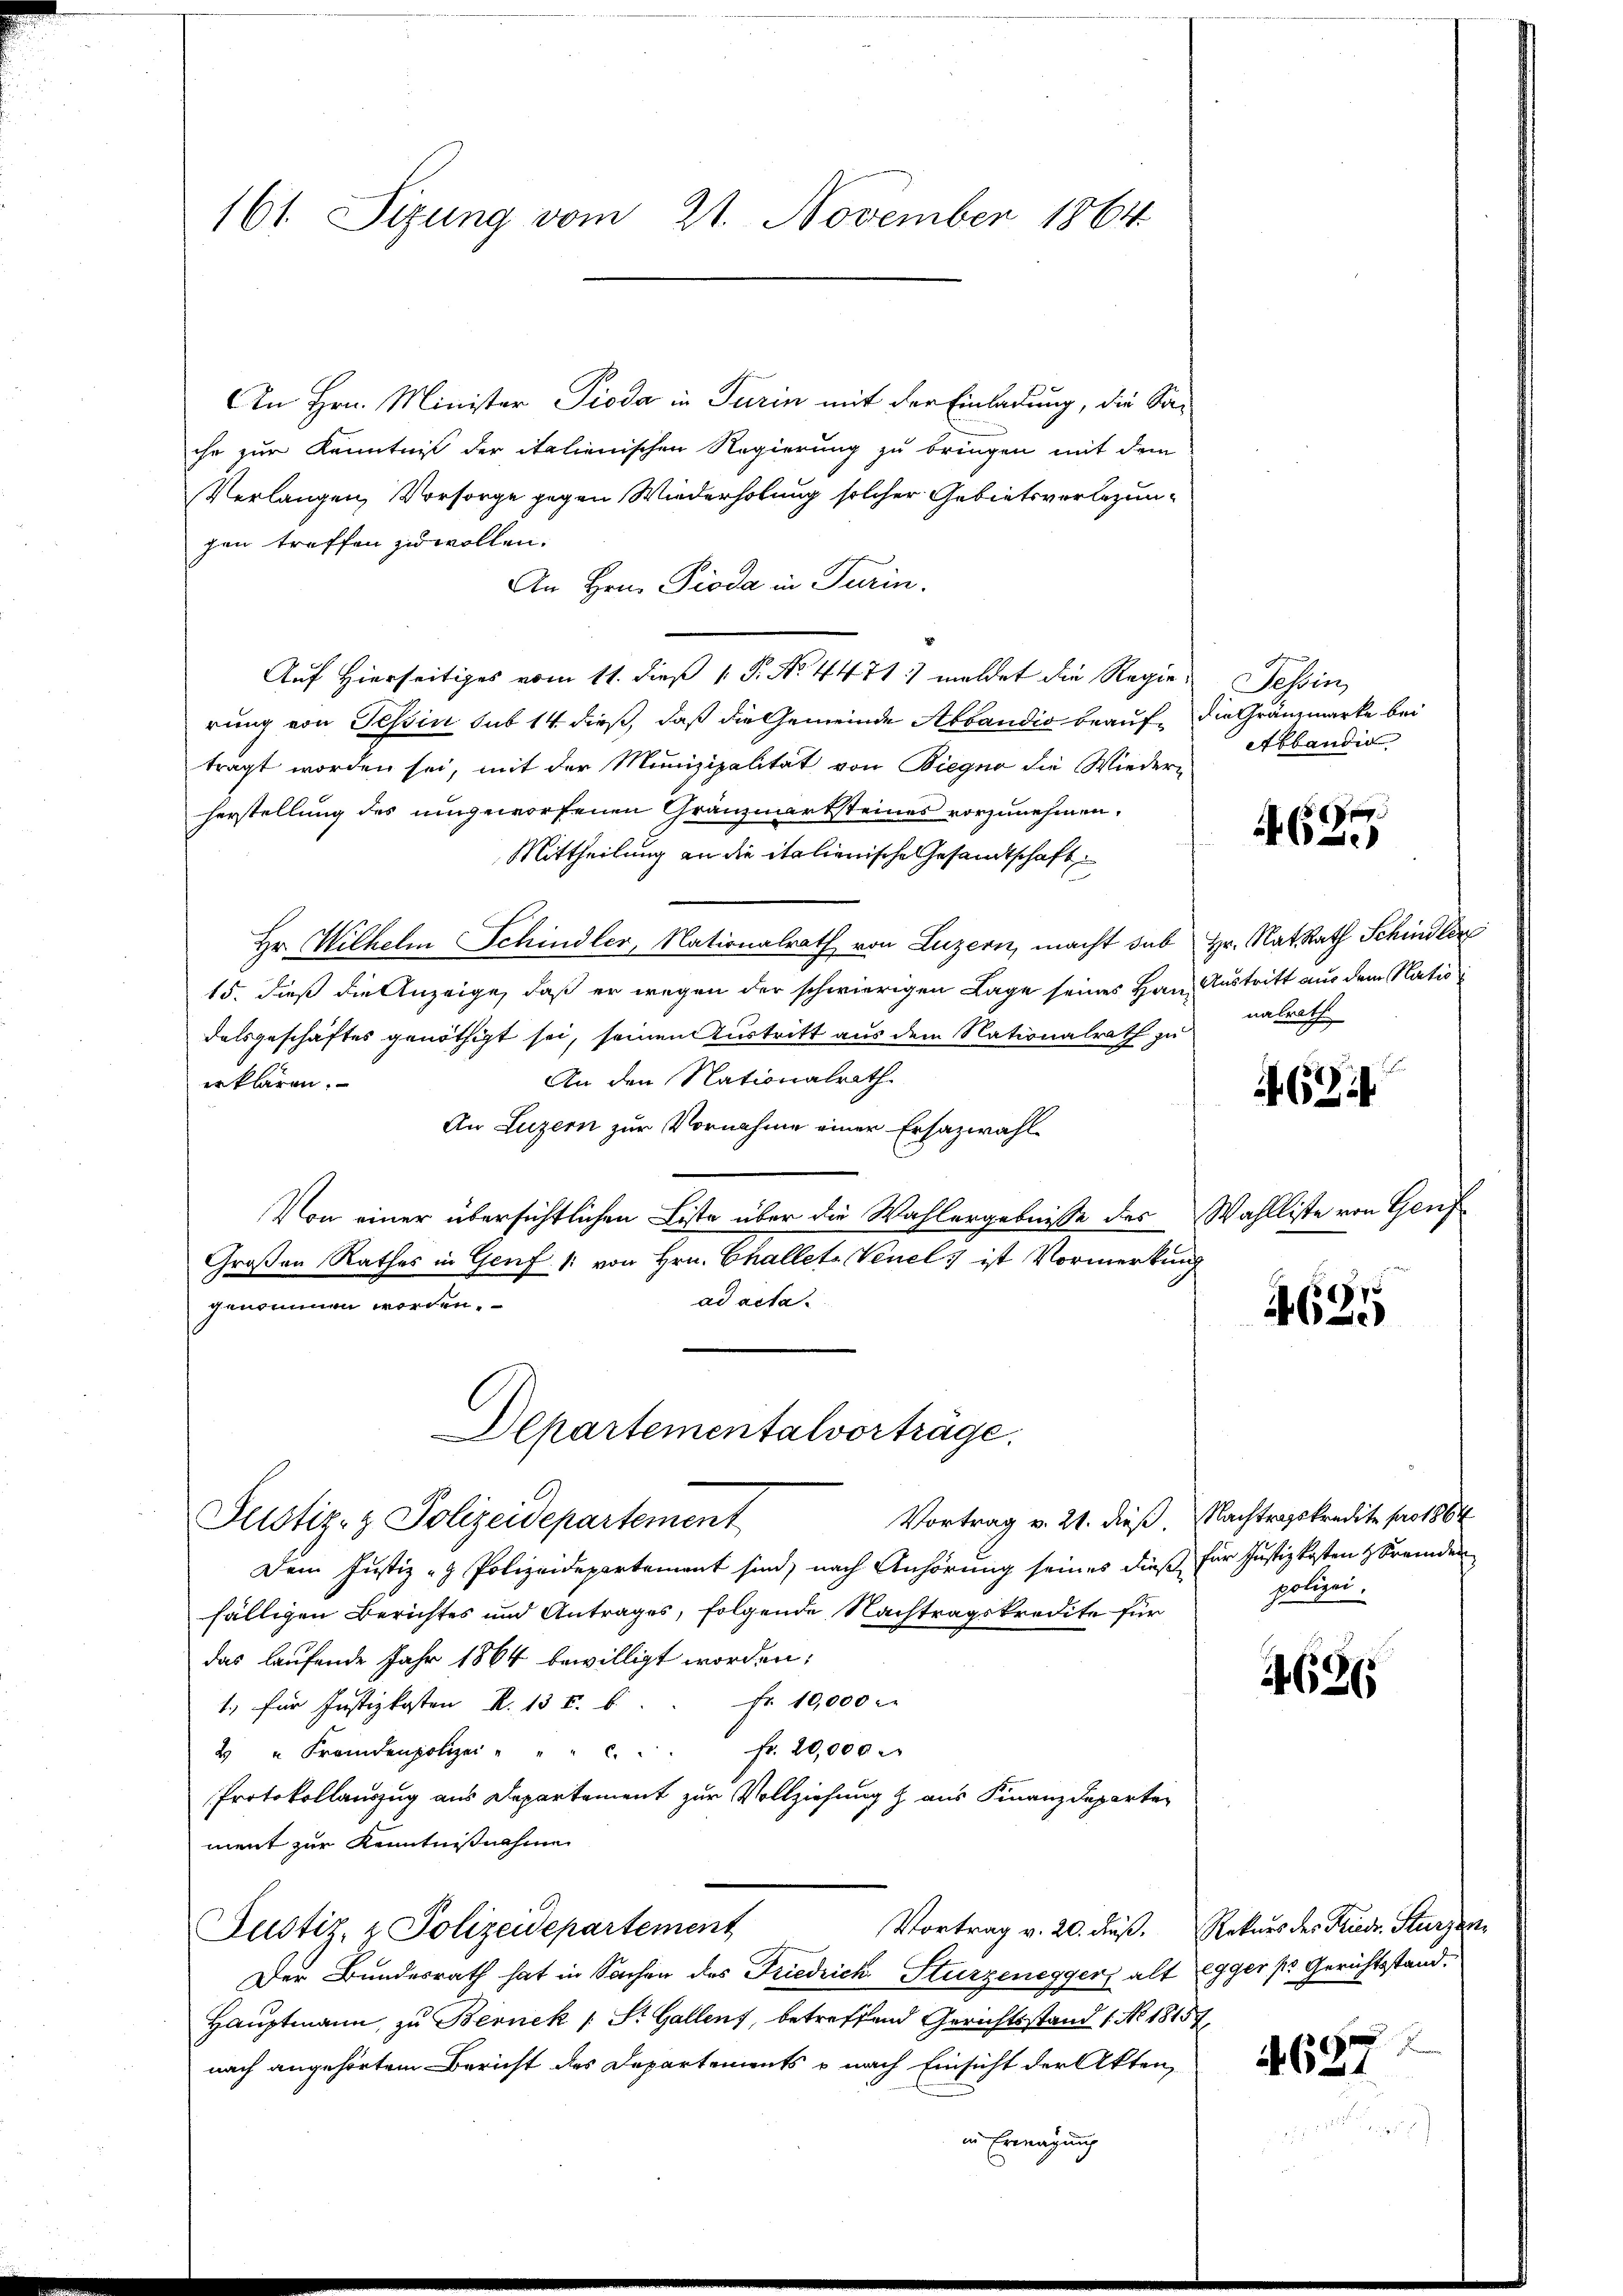
161. Sizung vom 21. November 1864

An Hrn. Minister Pioda in Turin mit der Einladung, die Sache zur Kenntniß der italienischen Regierung zu bringen mit dem
Verlangen, Vorsorge gegen Wiederholung solcher Gebietsverlegungen treffen zu wollen.
An Hrn. Pioda in Turin.
Auf Hierseitiges vom 11. dieß P. No. 4471) meldet die Regierung von Tessin sub 14 dieß, daß die Gemeinde Abbandio beauf¬ die Gränzmarke bei
tragt worden sei, mit der Munizipalität von Biegno die Wieder-
herstellung des umgeworfenen Gränzmarksteines vorzunehmen.
Mittheilung an die italienische Gesandtschaft
Hr. Wilhelm Schindler, Nationalrath von Luzern, macht sub Hr. Rat. Rath Schindler
15. dieß die Anzeige, daß er wegen der schwierigen Lage seines Haus Austritt aus dem Natio
dalsgeschäftes genöthigt sei, seinen Austritt aus dem Nationalrath zu
An den Nationalrath
erklären.
An Luzern zur Vornahme einer Ersazwahl
Von einer übersichtlichen Liste über die Wahlergebnisse des Wahlliste von Genf
Großen Rathes in Genf /: von Hrn. Challete Venel) ist Vormerkung
ad acta.
genommen worden.
Departementalvorträge.
Vortrag v. 21. dieß. Nachtragskredite pro 1864
Justiz- & Polizeidepartement
Dem Justiz - Polizeidepartement sind, nach Anhörung seines dieß für Justizkosten & Fremden
fälligen Berichtes und Antrages, folgende Nachtragskredite für
das laufende Jahr 1864 bewilligt worden;
1. für Justizkosten R. 13 u. b. . . Fr. 10,000 M.
2 " Fremdenpolize " " " " " fr. 20,000 M
Protokollauszug aus Departement zur Vollziehung & aus Finanzdeparten
ment zur Kenntnißnahme
Vortrag v. 20. dieß. Rekurs des Friedr. Sturzen
Justiz, - Polizeidepartement
Der Bundesrath hat in Sachen des Friedrich Sturzenegger alt Egger  Gerichtsstand.
Hauptmann, zu Bernek / St. Gallens, betreffend Gerichtsstand 1 No 18157,
nach angehörtem Bericht des Departements & nach Einsicht der Akten,
in Erwägung

Tessin,
Abbaudia

4637

nalrath

62

4625

polizei.

4626

4637